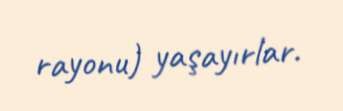
rayonu) yaşayırlar.